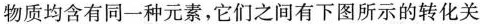
物质均含有同一种元素，它们之间有下图所示的转化关